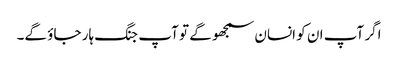
اگر آپ ان کو انسان سمجھو گے تو آپ جنگ ہار جاؤ گے۔